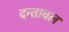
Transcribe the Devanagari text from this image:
दन्तावल